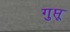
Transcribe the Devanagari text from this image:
गुप्तू